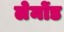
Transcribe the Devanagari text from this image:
लेमोंड